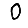
Digit: 0